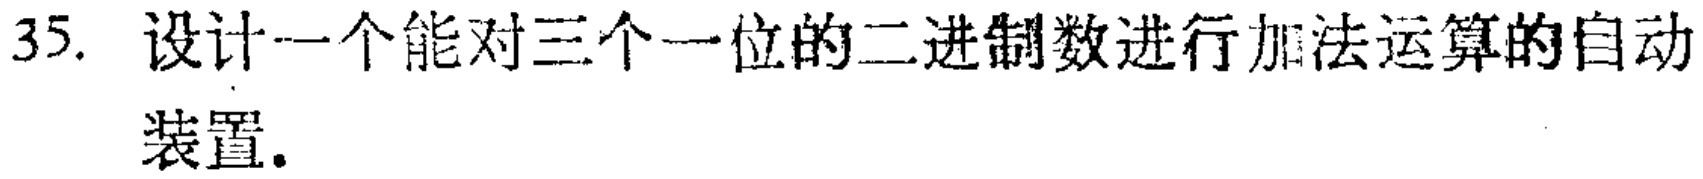
35. 设计一个能对三个一位的二进制数进行加法运算的自动装置.